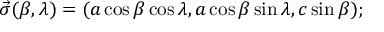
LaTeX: { \vec { \sigma } } ( \beta , \lambda ) = ( a \cos \beta \cos \lambda , a \cos \beta \sin \lambda , c \sin \beta ) ; \,